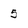
Character: 5